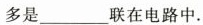
多是____联在电路中。